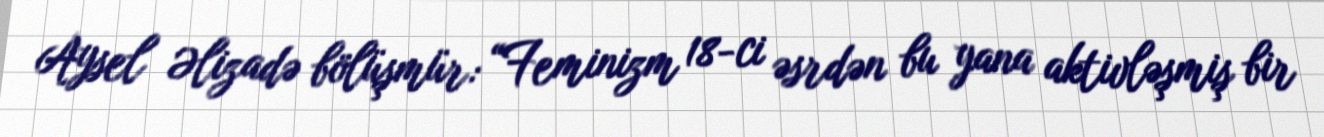
Aysel Əlizadə bölüşmür: “Feminizm 18-ci əsrdən bu yana aktivləşmiş bir